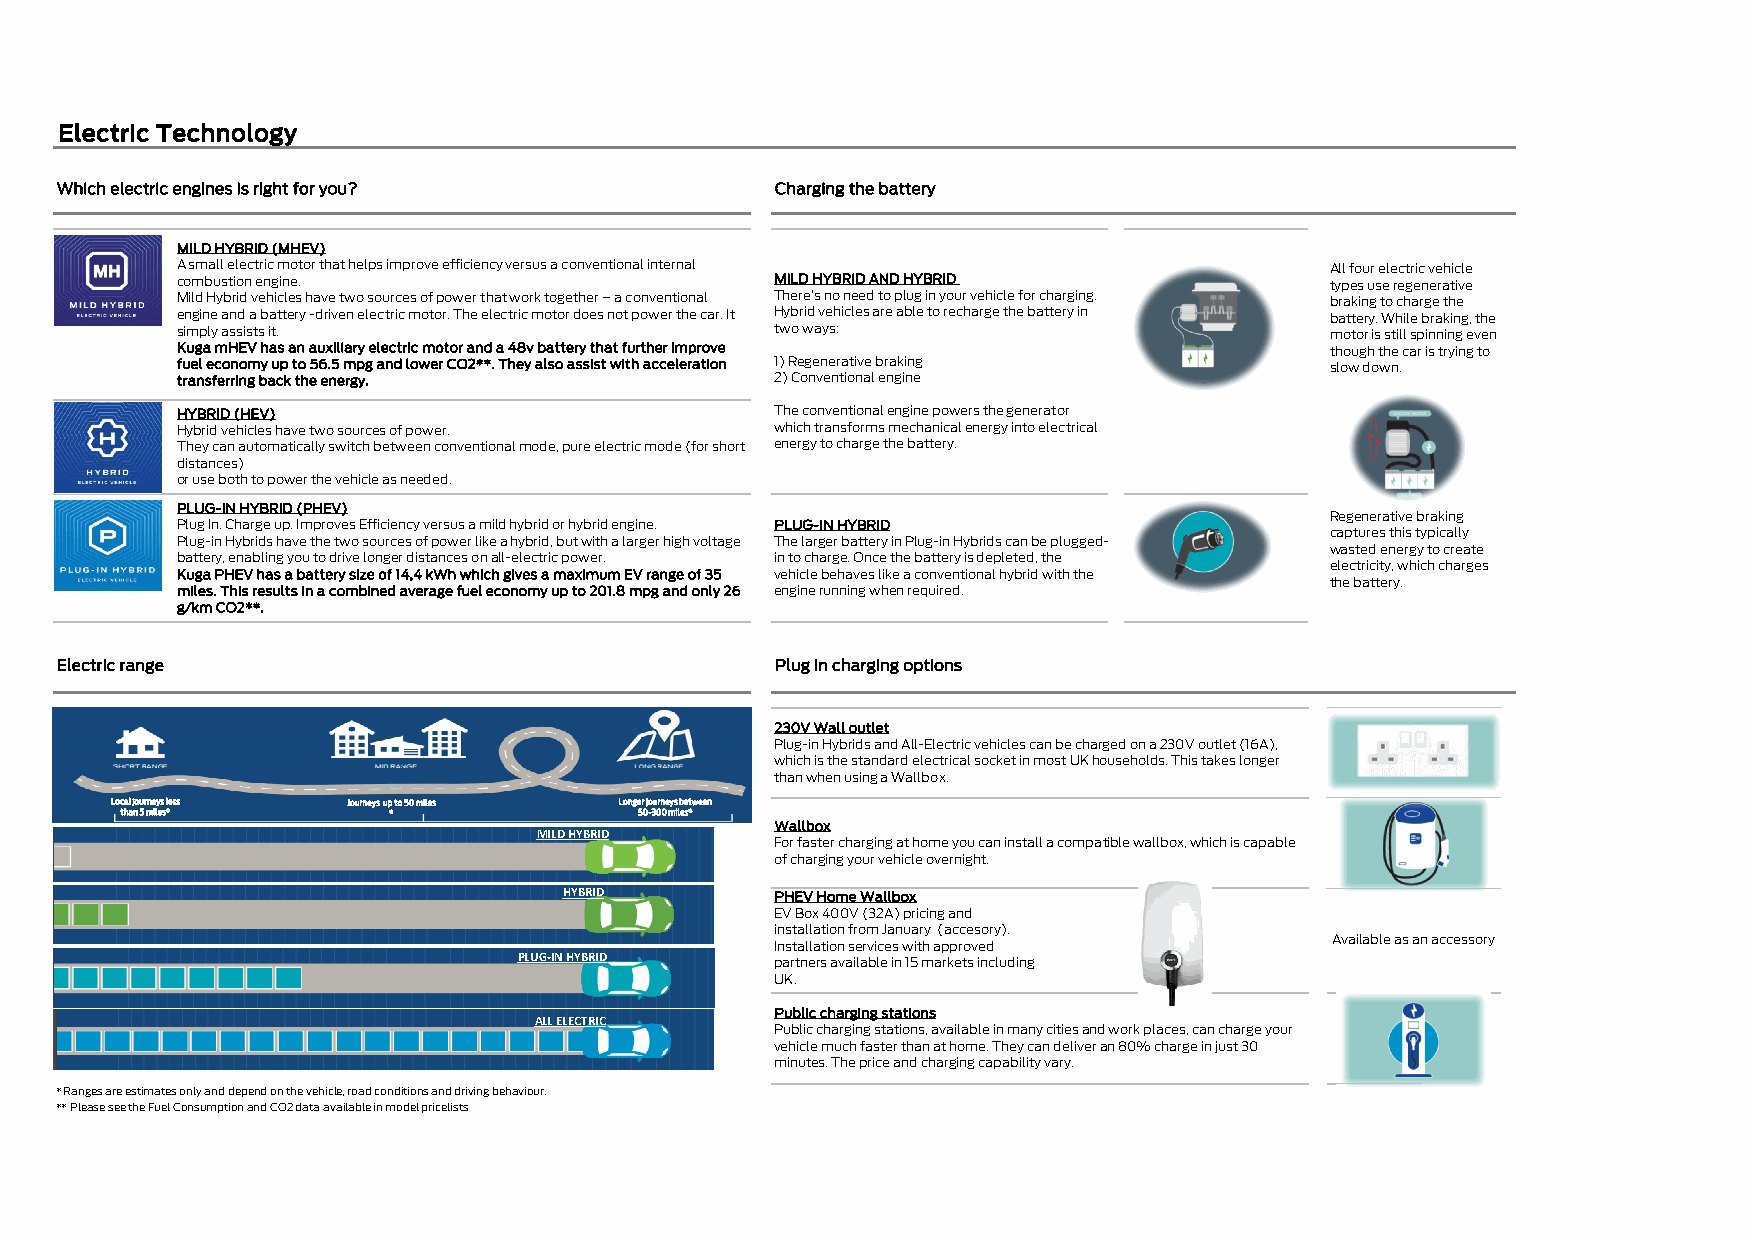
Electric Technology
 Which electric engines is right for you?       Charging the battery
 MILD HYBRID (MHEV)
 A small electric motor that helps improve efficiency versus a conventional internal All four electric vehicle
 combustion engine.                     MILD HYBRID AND HYBRID               types use regenerative
 Mild Hybrid vehicles have two sources of power that work together – a conventional There’s no need to plug in your vehicle for charging. braking to charge the
 engine and a battery -driven electric motor. The electric motor does not power the car. It Hybrid vehicles are able to recharge the battery in battery. While braking, the
 simply assists it.                     two ways:                            motor is still spinning even
 Kuga mHEV has an auxiliary electric motor and a 48v battery that further improve though the car is trying to
 fuel economy up to 56.5 mpg and lower CO2**. They also assist with acceleration 1) Regenerative braking slow down.
 transferring back the energy.          2) Conventional engine
 HYBRID (HEV)                           The conventional engine powers the generator
 Hybrid vehicles have two sources of power. which transforms mechanical energy into electrical
 They can automatically switch between conventional mode, pure electric mode (for short energy to charge the battery.
 distances)
 or use both to power the vehicle as needed.
 PLUG-IN HYBRID (PHEV)
 Regenerative braking
 Plug In. Charge up. Improves Efficiency versus a mild hybrid or hybrid engine. PLUG-IN HYBRID
 captures this typically
 Plug-in Hybrids have the two sources of power like a hybrid, but with a larger high voltage The larger battery in Plug-in Hybrids can be plugged-
 wasted energy to create
 battery, enabling you to drive longer distances on all-electric power. in to charge. Once the battery is depleted, the
 electricity, which charges
 Kuga PHEV has a battery size of 14,4 kWh which gives a maximum EV range of 35 vehicle behaves like a conventional hybrid with the
 the battery.
 miles. This results in a combined average fuel economy up to 201.8 mpg and only 26 engine running when required.
 g/km CO2**.
 Electric range                                 Plug in charging options
 230V Wall outlet
 Plug-in Hybrids and All-Electric vehicles can be charged on a 230V outlet (16A),
 which is the standard electrical socket in most UK households. This takes longer
 than when using a Wallbox.
 Localjourneys less Journeys up to 50 miles Longer journeys between
 than 5 miles*     *               50-300 miles*
 MILD HYBRID    Wallbox
 For faster charging at home you can install a compatible wallbox, which is capable
 of charging your vehicle overnight.
 HYBRID
 PHEV Home Wallbox
 EV Box 400V (32A) pricing and
 installation from January (accesory).
 Installation services with approved  Available as an accessory
 PLUG-INHYBRID
 partners available in 15 markets including
 UK.
 ALL ELECTRIC    Public charging stations
 Public charging stations, available in many cities and work places, can charge your
 vehicle much faster than at home. They can deliver an 80% charge in just 30
 minutes. The price and charging capability vary.
 * Ranges are estimates only and depend on the vehicle, road conditions and driving behaviour.
 ** Please see the Fuel Consumption and CO2 data available in model pricelists